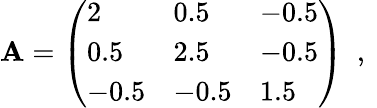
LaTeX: \mathbf{A}=\left(\begin{array}{lll}{2}&{0.5}&{-0.5}\\ {0.5}&{2.5}&{-0.5}\\ {-0.5}&{-0.5}&{1.5}\end{array}\right)\ \mathrm{~,~}